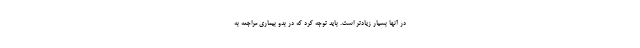
در آنها بسیار زیادتر است. باید توجه کرد که در بدو بیماری مراجعه به